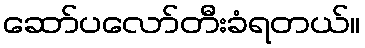
ဆော်ပလော်တီးခံရတယ်။